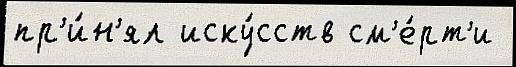
пр'и́н'ял иску́сств см'е́рт'и